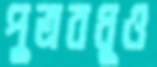
পুত্রবধূও